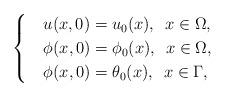
LaTeX: \begin{align*}\begin{cases}&u(x,0)=u_0(x),\,\,\,x\in\Omega,\\&\phi(x,0)=\phi_0(x),\,\,\,x\in\Omega,\\&\phi(x,0)=\theta_0(x),\,\,\,x\in\Gamma,\end{cases}\end{align*}